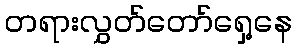
တရားလွှတ်တော်ရှေ့နေ